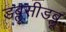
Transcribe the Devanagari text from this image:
डब्लूसीडब्लू